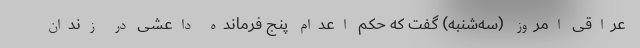
عراقی امروز (سه‌شنبه) گفت که حکم اعدام پنج فرمانده داعشی در زندان